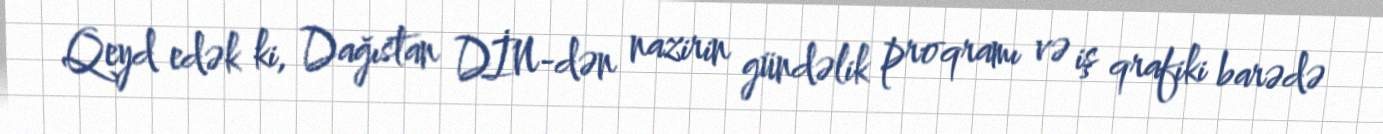
Qeyd edək ki, Dağıstan DİN-dən nazirin gündəlik proqramı və iş qrafiki barədə